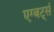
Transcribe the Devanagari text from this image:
एग्बर्ट्स